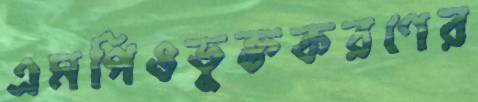
এমপিওভুক্তকরণের